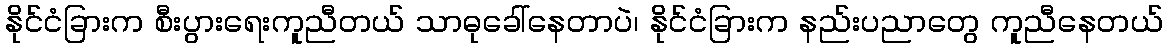
နိုင်ငံခြားက စီးပွားရေးကူညီတယ် သာဓုခေါ်နေတာပဲ၊ နိုင်ငံခြားက နည်းပညာတွေ ကူညီနေတယ်